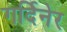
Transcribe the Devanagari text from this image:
गर्दिनेर